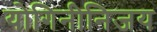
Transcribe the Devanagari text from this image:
योगिनीनिजय